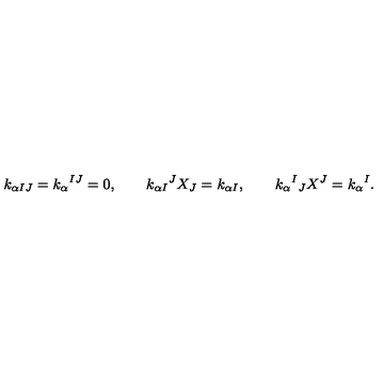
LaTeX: k _ { \alpha I J } = k _ { \alpha } { } ^ { I J } = 0 , \qquad k _ { \alpha I } { } ^ { J } X _ { J } = k _ { \alpha I } , \qquad k _ { \alpha } { } ^ { I } { } _ { J } X ^ { J } = k _ { \alpha } { } ^ { I } .